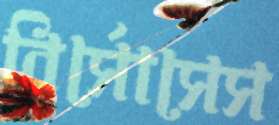
রির্সোসেস